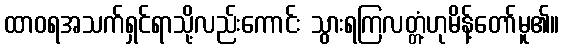
ထာဝရအသက်ရှင်ရာသို့လည်းကောင်း သွားရကြလတ္တံ့ဟုမိန့်တော်မူ၏။